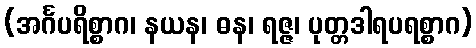
(အင်္ဂပရိစ္စာဂ၊ နယန၊ ဓန၊ ရဇ္ဇ၊ ပုတ္တဒါရပရစ္စာဂ)